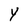
Character: Y